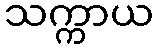
သက္ကာယ